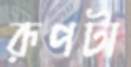
রূপটা